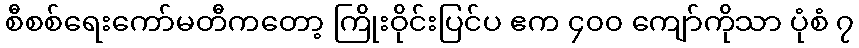
စီစစ်ရေးကော်မတီကတော့ ကြိုးဝိုင်းပြင်ပ ဧက ၄၀၀ ကျော်ကိုသာ ပုံစံ ၇